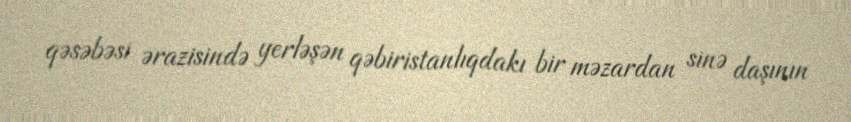
qəsəbəsi ərazisində yerləşən qəbiristanlıqdakı bir məzardan sinə daşının